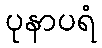
ပုနာပရံ